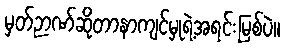
မှတ်ဉာဏ်ဆိုတာနာကျင်မှုရဲ့အရင်းမြစ်ပဲ။